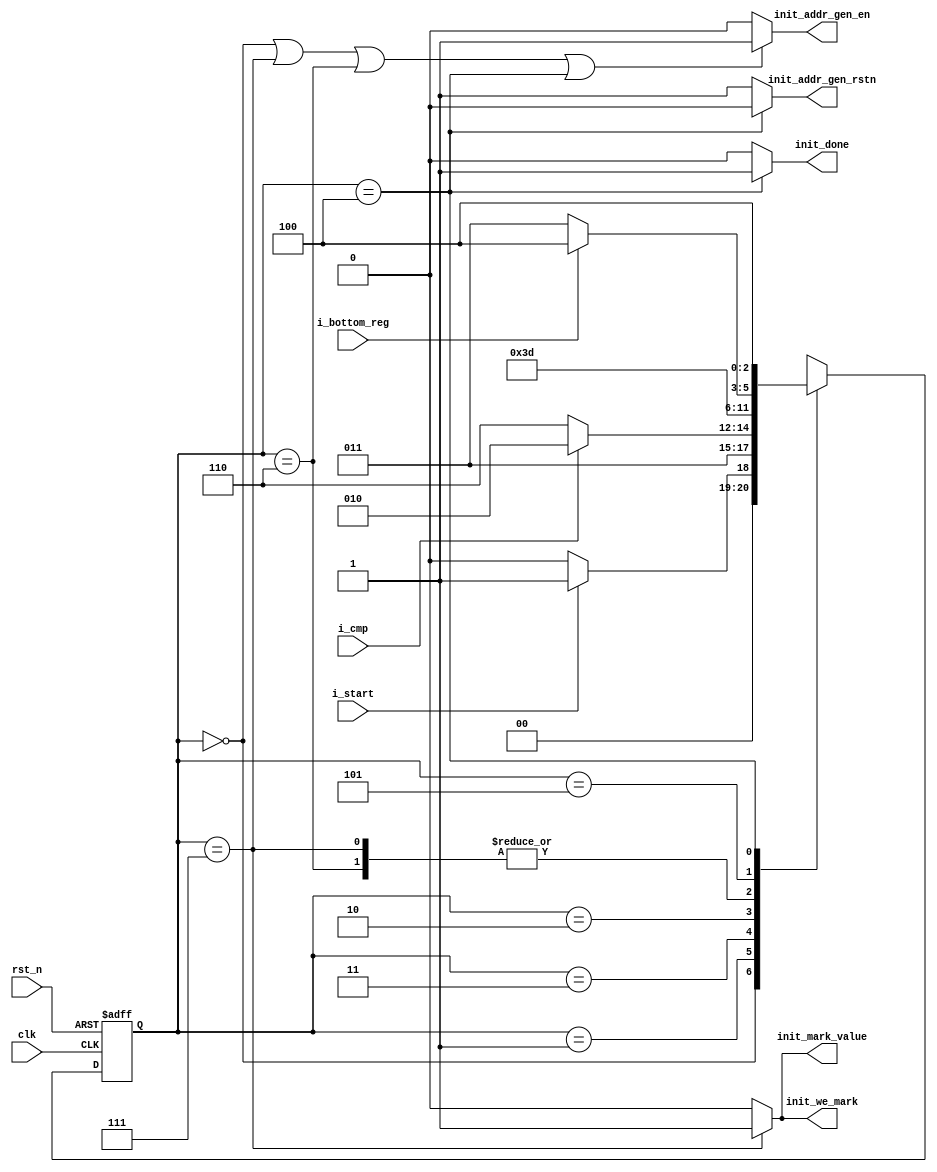
////////////////////////////////////////////////////////////////////////////////
// Description : 
//
// History     : Jul, 31 2022 : Initial     
//
////////////////////////////////////////////////////////////////////////////////
module init_fsm(
    //-----------------------
    //clk and reset
    clk,
    rst_n,
    //-----------------------
    //input
    i_start,
    i_cmp,
    i_bottom_reg,
    //-----------------------
    //output
    init_addr_gen_rstn,
    init_addr_gen_en,
    init_we_mark,
    init_mark_value,
    init_done
);
    ////////////////////////////////////////////////////////////////////////////
    //param declaration
    ////////////////////////////////////////////////////////////////////////////
    parameter                           INIT_IDLE               =       3'b000;
    parameter                           INIT_NULL               =       3'b001;
    parameter                           INIT_READ_MEM_AND_CMP   =       3'b011;
    parameter                           INIT_PREPARE_ADDR_MARK  =       3'b010;
    parameter                           INIT_NOPE               =       3'b110;
    parameter                           INIT_WRITE_MARK         =       3'b111;
    parameter                           INIT_UPDATE_ADDR        =       3'b101;
    parameter                           INIT_DONE               =       3'b100;
    
    ////////////////////////////////////////////////////////////////////////////
    //port declaration
    ////////////////////////////////////////////////////////////////////////////
    //-----------------------
    //clk and reset
    input                               clk;
    input                               rst_n;
    //-----------------------
    //input
    input                               i_start;
    input                               i_cmp;
    input                               i_bottom_reg;
    //-----------------------
    //output
    output                              init_addr_gen_rstn;
    output                              init_addr_gen_en;
    output                              init_we_mark;
    output                              init_mark_value;
    output                              init_done;
    
    ////////////////////////////////////////////////////////////////////////////
    //wire - reg name declaration
    ////////////////////////////////////////////////////////////////////////////
    //-----------------------
    //fsm
    reg     [2:0]                       init_state;
    reg     [2:0]                       init_nxt_state;

    ////////////////////////////////////////////////////////////////////////////
    //design description
    ////////////////////////////////////////////////////////////////////////////
    //--------------------------------------------------------------------------
    //init fsm
    //--------------------------------------------------------------------------
    //-----------------------
    //combinational logic define next state
    always @(*) begin
        case(init_state)
            INIT_IDLE: begin
                init_nxt_state = i_start ? INIT_NULL : INIT_IDLE;
            end
            
            INIT_NULL: begin
                init_nxt_state = INIT_READ_MEM_AND_CMP;
            end
            
            INIT_READ_MEM_AND_CMP: begin
                init_nxt_state = i_cmp ? INIT_PREPARE_ADDR_MARK : INIT_NOPE;
            end
            
            INIT_PREPARE_ADDR_MARK: begin
                init_nxt_state = INIT_WRITE_MARK;
            end
            
            INIT_NOPE: begin
                init_nxt_state = INIT_UPDATE_ADDR;
            end
            
            INIT_WRITE_MARK: begin
                init_nxt_state = INIT_UPDATE_ADDR;
            end
            
            INIT_UPDATE_ADDR: begin
                init_nxt_state = i_bottom_reg ? INIT_DONE : INIT_READ_MEM_AND_CMP;
            end
            
            INIT_DONE: begin
                init_nxt_state = INIT_DONE;
            end
            
            default: begin
                init_nxt_state = INIT_IDLE;
            end
        endcase
    end
    
    //-----------------------
    //sequential logic update state
    always @(posedge clk or negedge rst_n) begin
        if(!rst_n) begin
            init_state <= INIT_IDLE;
        end else begin
            init_state <= init_nxt_state;
        end
    end
    
    //-----------------------
    //combinational logic define output
    assign init_addr_gen_rstn = (init_state == INIT_DONE) ? 1'b0 : 1'b1;
    assign init_addr_gen_en = (init_state == INIT_IDLE
                                || init_state == INIT_WRITE_MARK
                                || init_state == INIT_NOPE
                                || init_state == INIT_DONE) ? 1'b1 : 1'b0;
    assign init_we_mark = (init_state == INIT_WRITE_MARK) ? 1'b1 : 1'b0;
    assign init_mark_value = (init_state == INIT_WRITE_MARK) ? 1'b1 : 1'b0;
    assign init_done = (init_state == INIT_DONE) ? 1'b1 : 1'b0;

endmodule